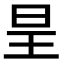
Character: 𭥕